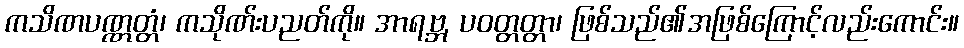
ကသိဏပဏ္ဏတ္တံ၊ ကသိုဏ်းပညတ်ကို။ အာရဗ္ဘ, ပဝတ္တတ္တာ၊ ဖြစ်သည်၏အဖြစ်ကြောင့်လည်းကောင်း။